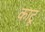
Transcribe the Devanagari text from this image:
काटूं